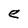
Character: e